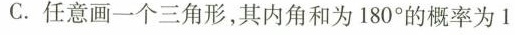
C.任意画一个三角形，其内角和为180°的概率为1